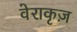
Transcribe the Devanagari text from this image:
वेराकृज़